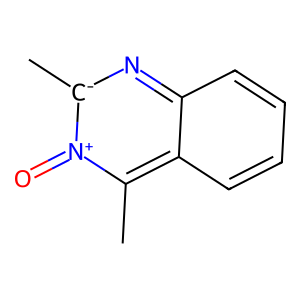
SMILES: Cc1c2ccccc2n[c-](C)[n+]1=O
Inhibits HIV replication: No